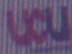
ucu